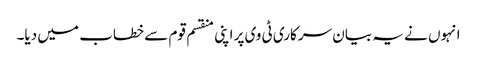
انہوں نے یہ بیان سرکاری ٹی وی پر اپنی منقسم قوم سے خطاب میں دیا۔